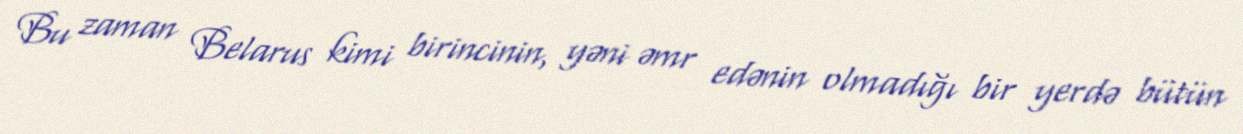
Bu zaman Belarus kimi birincinin, yəni əmr edənin olmadığı bir yerdə bütün